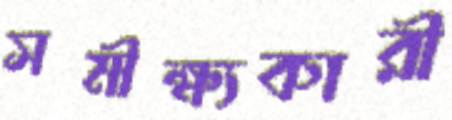
সমীক্ষ্যকারী